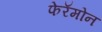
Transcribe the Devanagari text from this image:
फेरॅमोन